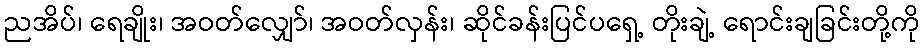
ညအိပ်၊ ရေချိုး၊ အဝတ်လျှော်၊ အဝတ်လှန်း၊ ဆိုင်ခန်းပြင်ပရှေ့ တိုးချဲ့ ရောင်းချခြင်းတို့ကို